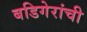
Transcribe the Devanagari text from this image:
बडिगेरांची